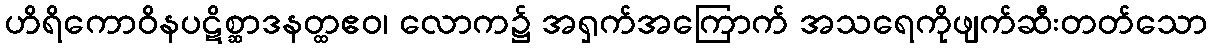
ဟိရိကောဝိနပဋိစ္ဆာဒနတ္ထဧဝ၊ လောက၌ အရှက်အကြောက် အသရေကိုဖျက်ဆီးတတ်သော